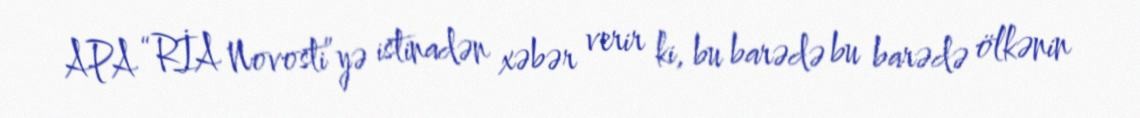
APA “RİA Novosti”yə istinadən xəbər verir ki, bu barədə bu barədə ölkənin